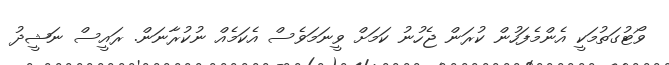
ވޯޓުގަތުމަކީ އެންމެފަހުން ކުރަން ޖެހުނު ކަމަށް ވީނަމަވެސް އެކަމެއް ނުކުރާނަން. ރައީސް ނަޝީދު